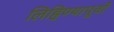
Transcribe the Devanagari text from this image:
लिहिण्‍यापूर्वी